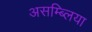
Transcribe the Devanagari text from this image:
असम्ब्लिया